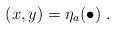
LaTeX: \begin{align*}(x,y)=\eta_a(\bullet)\;.\end{align*}